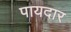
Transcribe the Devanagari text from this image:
पायदार